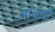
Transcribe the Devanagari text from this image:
लांकावी